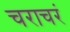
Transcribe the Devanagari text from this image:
चराचरं